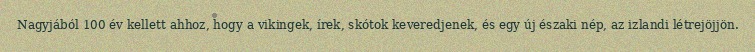
Nagyjából 100 év kellett ahhoz, hogy a vikingek, írek, skótok keveredjenek, és egy új északi nép, az izlandi létrejöjjön.